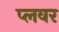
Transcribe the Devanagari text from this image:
प्लवर